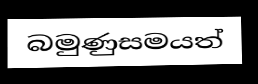
බමුණුසමයත්